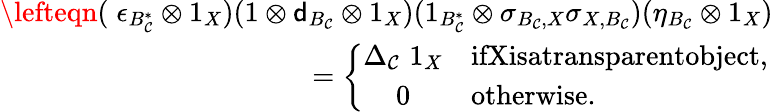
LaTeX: \begin{array}{r}{\lefteqn(\; \epsilon_{B_{\mathcal C}^{*}}\otimes 1_{X})(1\otimes{\mathsf d}_{B_{\mathcal C}}\otimes 1_{X})(1_{B_{\mathcal C}^{*}}\otimes\sigma_{B_{\mathcal C},X}\sigma_{X,B_{\mathcal C}})(\eta_{B_{\mathcal C}}\otimes 1_{X})}\\ {=\left\{ \begin{array}{cl}{\Delta_{\mathcal{C}}\, \, 1_{X}}&{\textrm{ifXisatransparentobject},}\\ {0}&{\textrm{otherwise}.}\end{array}\, \right.}\end{array}